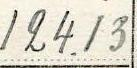
124.13